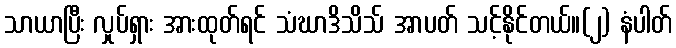
သာယာပြီး လှုပ်ရှား အားထုတ်ရင် သံဃာဒိသိသ် အာပတ် သင့်နိုင်တယ်။(၂) နံပါတ်